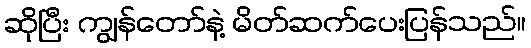
ဆိုပြီး ကျွန်တော်နဲ့ မိတ်ဆက်ပေးပြန်သည်။